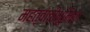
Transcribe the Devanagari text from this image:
महत्वाचीभूमिका